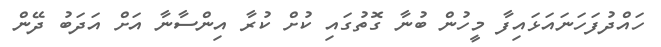
ހައްދުފަހަނައަޅައިފާ މީހުން ބުނާ ގޮތުގައި ކުށް ކުރާ އިންސާނާ އަށް އަދަބު ދޭން